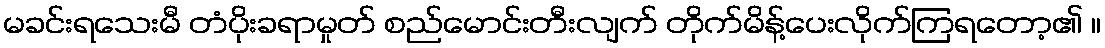
မခင်းရသေးမီ တံပိုးခရာမှုတ် စည်မောင်းတီးလျက် တိုက်မိန့်ပေးလိုက်ကြရတော့၏ ။